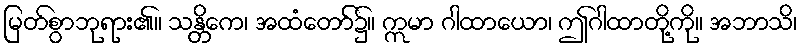
မြတ်စွာဘုရား၏။ သန္တိကေ၊ အထံတော်၌။ ဣမာ ဂါထာယော၊ ဤဂါထာတို့ကို။ အဘာသိ၊